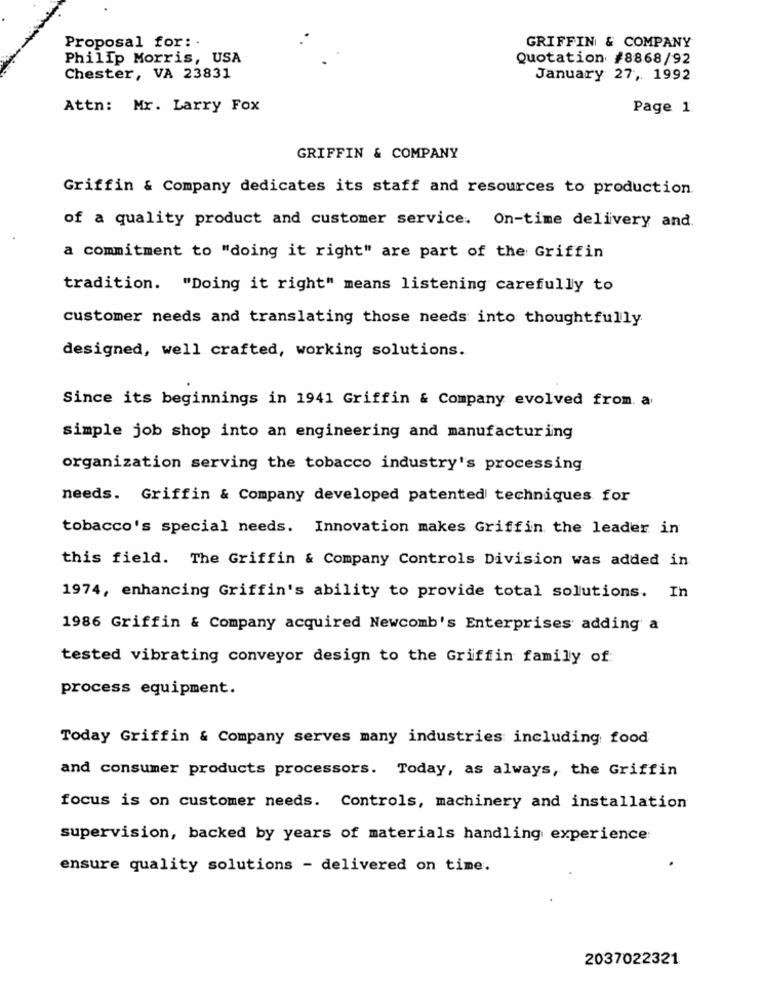
Proposal for: .
GRIFFIN & COMPANY
Philip Morris, USA
Quotation #8868/92
Chester, VA 23831
January 27, 1992
Attn: Mr. Larry Fox
Page 1
GRIFFIN & COMPANY
Griffin & Company dedicates its staff and resources to production.
of a quality product and customer service. On-time delivery and.
a commitment to "doing it right" are part of the Griffin
tradition. "Doing it right" means listening carefully to
customer needs and translating those needs into thoughtfully
designed, well crafted, working solutions.
Since its beginnings in 1941 Griffin & Company evolved from. a
simple job shop into an engineering and manufacturing
organization serving the tobacco industry's processing
needs. Griffin & Company developed patented techniques for
tobacco's special needs. Innovation makes Griffin the leader in
this field. The Griffin & Company Controls Division was added in
1974, enhancing Griffin's ability to provide total solutions. In
1986 Griffin & Company acquired Newcomb's Enterprises adding a
tested vibrating conveyor design to the Griffin family of
process equipment.
Today Griffin & Company serves many industries including food
and consumer products processors. Today, as always, the Griffin
focus is on customer needs. Controls, machinery and installation
supervision, backed by years of materials handling experience:
ensure quality solutions - delivered on time.
2037022321